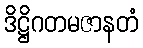
ဒိဋ္ဌိဂတမဇာနတံ